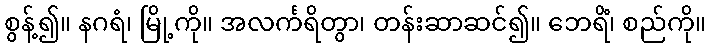
စွန့်၍။ နဂရံ၊ မြို့ကို။ အလင်္ကရိတွာ၊ တန်းဆာဆင်၍။ ဘေရိံ၊ စည်ကို။